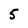
Character: 5